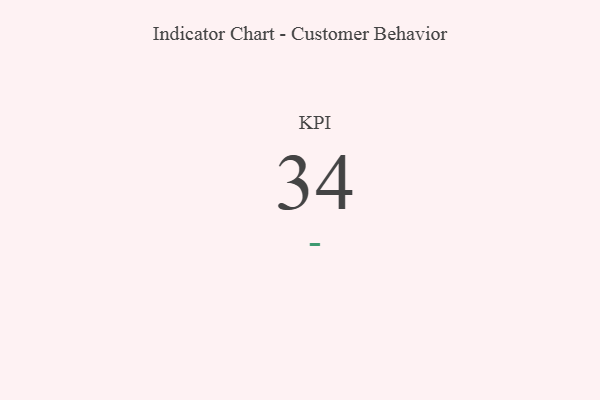
{"axis": {"x": "KPI", "y": "Value"}, "legend": [""], "data": [{"x": "KPI", "y": 34, "type": ""}]}